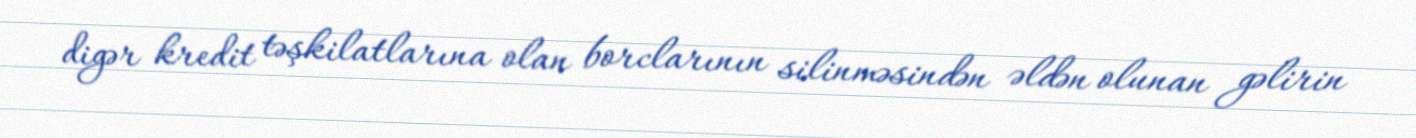
digər kredit təşkilatlarına olan borclarının silinməsindən əldən olunan gəlirin